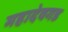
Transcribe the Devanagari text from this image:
महादेवगड